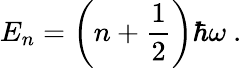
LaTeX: E_{n}=\left(n+{\frac{1}{2}}\right)\hbar\omega~.